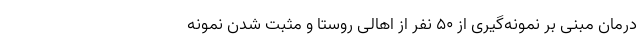
درمان مبنی بر نمونه‌گیری از ۵۰ نفر از اهالی روستا و مثبت شدن نمونه